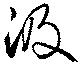
汲